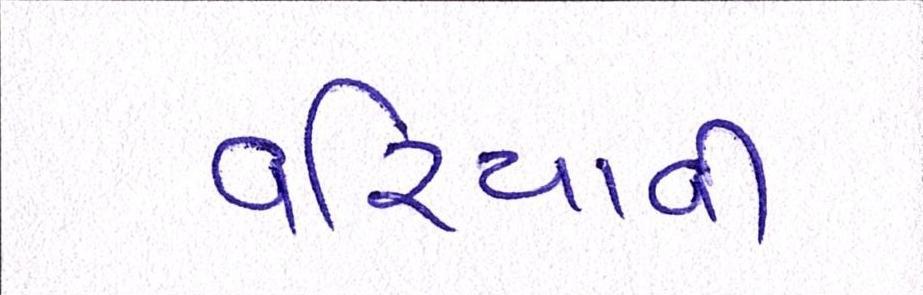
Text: વરિયાવી